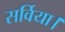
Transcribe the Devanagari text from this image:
सर्विया।